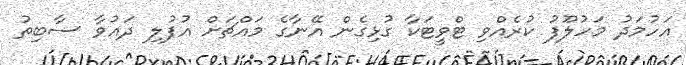
އަހުމަދު މަހުލޫފު ކުރެއްވި ޓްވީޓަކާ ގުޅިގެން އޭނާގެ މައްޗަށް އުފުލި ދައުވާ ސާބިތު